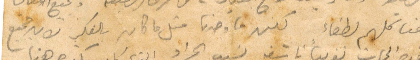
هنا لكهم لطفاء لكنّ ما وجدنا متل ما كان بالفكر لان جميع